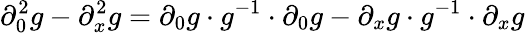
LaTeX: \partial_{0}^{2}g-\partial_{x}^{2}g=\partial_{0}g\cdot g^{-1}\cdot\partial_{0}g-\partial_{x}g\cdot g^{-1}\cdot\partial_{x}g